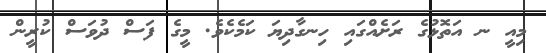
މިއީ ނ އަތޮޅުގެ ރަށެއްގައި ހިނގާދިޔަ ކަމެކެވެ. މީގެ ފަސް ދުވަސް ކުރީން